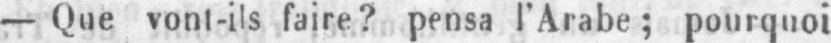
- Que vont-ils faire? pensa l’Arabe; pourquoi